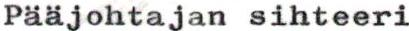
Pääjohtajan sihteeri